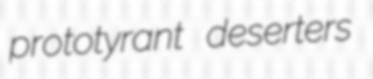
prototyrant deserters